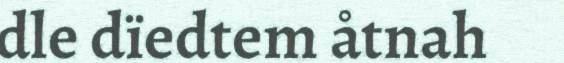
dle dïedtem åtnah